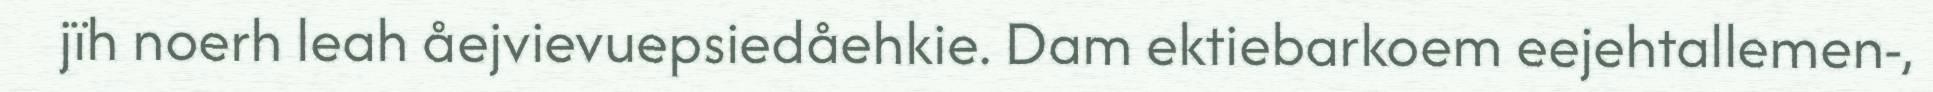
jïh noerh leah åejvievuepsiedåehkie. Dam ektiebarkoem eejehtallemen-,